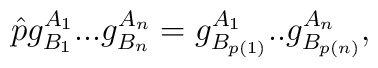
\hat{p} g^{A_1}_{B_1}... g^{A_n}_{B_n}=g^{A_1}_{B_{p(1)}}..g^{A_n}_{B_{p(n)}},